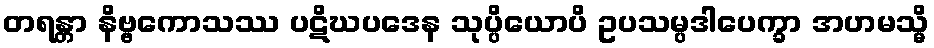
တရန္တာ နိဗ္ဗကောသဿ ပဋိဃပဒေန သုပ္ပိယောပိ ဥပသမ္ပဒါပေက္ခာ အဟမသ္မိ